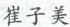
崔子美